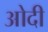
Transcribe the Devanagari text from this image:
ओदी